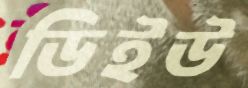
ডিইউ